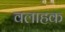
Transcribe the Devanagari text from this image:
वलाहक